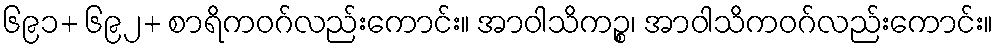
၆၉၁+ ၆၉၂+ စာရိကဝဂ်လည်းကောင်း။ အာဝါသိကဉ္စ၊ အာဝါသိကဝဂ်လည်းကောင်း။